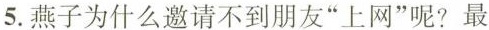
5.燕子为什么邀请不到朋友”上网”呢?最